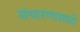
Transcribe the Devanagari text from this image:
संधारणासाठी